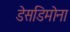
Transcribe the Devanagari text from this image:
डेसडिमोना